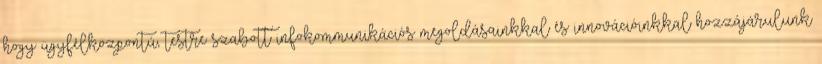
hogy ügyfélközpontú, testre szabott infokommunikációs megoldásainkkal és innovációinkkal hozzájárulunk